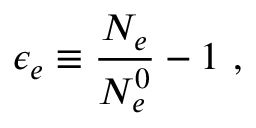
\epsilon _ { e } \equiv \frac { N _ { e } } { N _ { e } ^ { 0 } } - 1 ~ ,